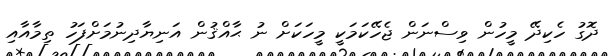
ދޮގު ހެކިދޭ މީހުން ވިސްނަން ޖެހޭކަމަކީ މީހަކަށް ނު ޙާއްޤުން އަނިޔާދިނުމަށްފަހު ތިމާއާއި